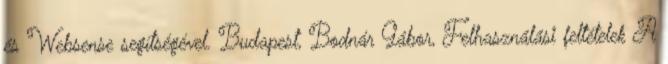
és Websense segítségével. Budapest, Bodnár Gábor, Felhasználási feltételek A